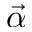
\vec { \alpha }